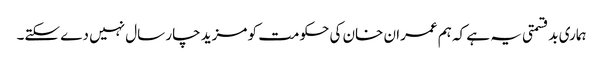
ہماری بدقسمتی یہ ہے کہ ہم عمران خان کی حکومت کو مزید چار سال نہیں دے سکتے۔